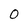
Character: O